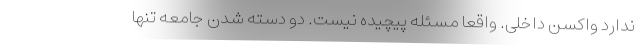
ندارد واکسن داخلی. واقعا مسئله پیچیده نیست. دو دسته شدن جامعه تنها